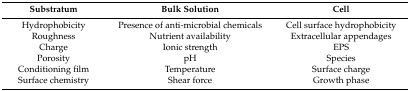
<table><thead><tr><td><b>Substratum</b></td><td><b>Bulk Solution</b></td><td><b>Cell</b></td></tr></thead><tbody><tr><td>Hydrophobicity</td><td>Presence of anti-microbial chemicals</td><td>Cell surface hydrophobicity</td></tr><tr><td>Roughness</td><td>Nutrient availability</td><td>Extracellular appendages</td></tr><tr><td>Charge</td><td>Ionic strength</td><td>EPS</td></tr><tr><td>Porosity</td><td>pH</td><td>Species</td></tr><tr><td>Conditioning film</td><td>Temperature</td><td>Surface charge</td></tr><tr><td>Surface chemistry</td><td>Shear force</td><td>Growth phase</td></tr></tbody></table>